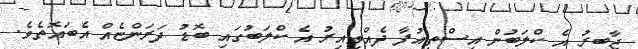
ޖާބިރު އެ ކްލަބުން އިސްތިއުފާ ދެއްވިއިރު އެ ކްލަބުގައި ބޮޑު ދަރަންޏެއް އެބައޮތެވެ.